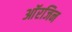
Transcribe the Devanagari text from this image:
आॅरजिन